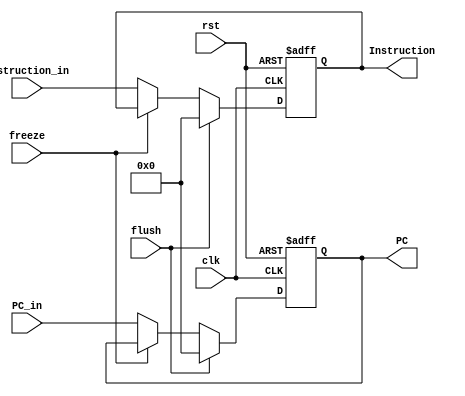
module IF_Stage_Reg(
  input clk,rst,freeze,flush,
  input[31:0] PC_in, Instruction_in,
  output reg[31:0] PC,Instruction
);
  always@(posedge clk, posedge rst)begin
    if(rst)begin
      PC<=0;
      Instruction<=0;
    end
    else begin
      if(flush) begin
        PC<=0;
        Instruction<=0;
      end
      else if(~freeze) begin
        PC<=PC_in;
        Instruction<=Instruction_in;
      end
    end
  end
endmodule



module ID_Stage_Reg(input clk , rst,flush,
                    input WB_EN_IN,MEM_R_EN_IN,MEM_W_EN_IN,B_IN,S_IN,
                    input [3:0] EXE_CMD_IN,
                    input [31:0] PC_IN,
                    input [31:0] Val_Rn_IN,Val_Rm_IN,
                    input imm_IN,
                    input [11:0] Shift_operand_IN,
                    input [23:0] Signed_imm_24_IN,
                    input [3:0] Dest_IN,
                    input [3:0] Status_in,

                    output reg WB_EN,MEM_R_EN,MEM_W_EN,B,S,
                    output reg [3:0] EXE_CMD,
                    output reg [31:0] PC,
                    output reg [31:0] Val_Rn,Val_Rm,
                    output reg imm,
                    output reg [11:0] Shift_operand,
                    output reg [23:0] Signed_imm_24,
                    output reg [3:0] Dest,
                    output reg [3:0] Status
                  );
  always @(posedge rst,posedge clk)
  begin
    if (rst) begin
      WB_EN<=0;MEM_R_EN<=0;MEM_W_EN<=0;B<=0;S <= 0;
      EXE_CMD <= 4'b0;
      PC      <= 32'b0;
		Val_Rn<=32'b0;
		Val_Rm <= 32'b0;
      imm <= 0 ;
      Shift_operand <= 12'b0;
      Signed_imm_24 <= 24'b0;
      Dest    <=  4'b0;
      Status <= 4'b0;
	 end
	 else if(flush)begin
		WB_EN<=0;MEM_R_EN<=0;MEM_W_EN<=0;B<=0;S <= 0;
      EXE_CMD <= 4'b0;
      PC      <= 32'b0;
		Val_Rn<=32'b0;
		Val_Rm <= 32'b0;
      imm <= 0 ;
      Shift_operand <= 12'b0;
      Signed_imm_24 <= 24'b0;
      Dest    <=  4'b0;
      Status <= 4'b0;
	 end
    else begin
                    WB_EN    <=  WB_EN_IN ;
                    MEM_R_EN <=  MEM_R_EN_IN;
                    MEM_W_EN <=  MEM_W_EN_IN;
                    B <= B_IN ;
                    S <= S_IN;
                    EXE_CMD <= EXE_CMD_IN;
                    PC      <= PC_IN;
                    Val_Rn <=Val_Rn_IN;
                    Val_Rm <=Val_Rm_IN;
                    imm <= imm_IN ;
                    Shift_operand <= Shift_operand_IN;
                    Signed_imm_24 <= Signed_imm_24_IN;
                    Dest    <=  Dest_IN;
                    Status <= Status_in;
    end
  end
endmodule


module EXE_Stage_Reg(
  input clk,rst, WB_en_in, MEM_R_EN_in, MEM_W_EN_in,
  input[31:0] ALU_result_in, Val_Rm_in,
  input[3:0] Dest_in,

  output reg WB_en, MEM_R_EN, MEM_W_EN,
  output reg[31:0] ALU_result, Val_Rm,
  output reg[3:0] Dest
);
  always@(posedge clk, posedge rst)
  begin
    if(rst)begin
      WB_en=0; MEM_R_EN=0; MEM_W_EN=0;
      ALU_result=0; Val_Rm=0;
      Dest=0;
    end
    else begin
      WB_en = WB_en_in;
      MEM_R_EN = MEM_R_EN_in;
      MEM_W_EN = MEM_W_EN_in;
      ALU_result = ALU_result_in;
      Val_Rm =  Val_Rm_in;
      Dest = Dest_in;
    end
  end
endmodule


module MEM_Stage_Reg(
  input clk,rst,
  input WB_EN_in, MEM_R_EN_in,
  input[31:0] ALU_result_in, MEM_result_in,
  input[3:0] Dest_in,

  output reg WB_EN, MEM_R_EN,
  output reg[31:0] ALU_result, MEM_result,
  output reg[3:0] Dest
);
  always@(posedge clk, posedge rst)
    if(rst)begin
      WB_EN=1'b0;
      MEM_R_EN=1'b0;
      ALU_result=0;
      MEM_result=0;
      Dest=4'b0;
    end
    else begin
      WB_EN=WB_EN_in;
      MEM_R_EN=MEM_R_EN_in;
      ALU_result=ALU_result_in;
      MEM_result=MEM_result_in;
      Dest=Dest_in;
    end
endmodule